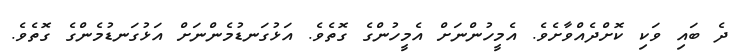
ދެ ބައި ވަކި ކޮށްދެއްވާށެވެ. އެމީހުންނަށް އެމީހުންގެ ގޮތެވެ. އަޅުގަނޑުމެންނަށް އަޅުގަނޑުމެންގެ ގޮތެވެ.